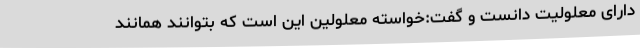
دارای معلولیت دانست و گفت:خواسته معلولین این است که بتوانند همانند